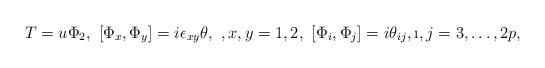
\begin{align*}T=u \Phi_2, \ [\Phi_x,\Phi_y]=i\epsilon_{xy}\theta, \ , x,y=1,2, \ [\Phi_i,\Phi_j]=i\theta_{ij}, \i, j= 3,\dots, 2p,\end{align*}